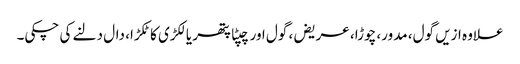
علاوہ ازیں گول، مدور، چوڑا، عریض، گول اور چپٹا پتھر یا لکڑی کا ٹکڑا، دال دلنے کی چکی۔